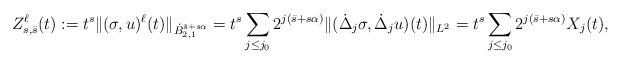
LaTeX: \begin{align*} Z_{s,\bar{s}}^\ell(t) := t^s \Vert (\sigma,u)^\ell(t)\Vert_{\dot{B}^{\bar{s}+s\alpha}_{2,1}} = t^s \sum_{j\leq j_0} 2^{j(\bar{s}+s\alpha)} \|(\dot\Delta_j \sigma, \dot \Delta_j u)(t)\|_{L^2} = t^s \sum_{j\leq j_0} 2^{j(\bar{s}+ s\alpha)} X_j(t),\end{align*}